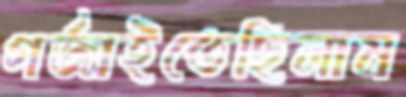
গর্জাইতেছিলাম